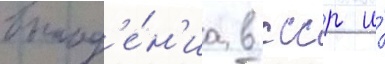
выпад'е́н'иа в ссср и́